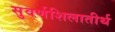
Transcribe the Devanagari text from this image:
सुवर्णशिलातीर्थ